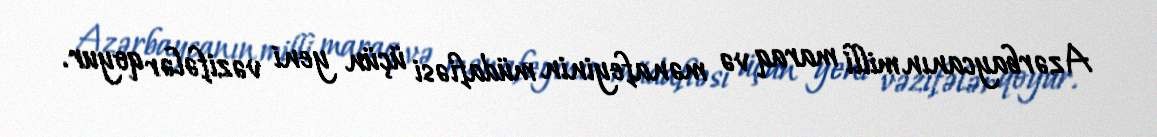
Azərbaycanın milli maraq və mənafeyinin müdafiəsi üçün yeni vəzifələr qoyur.